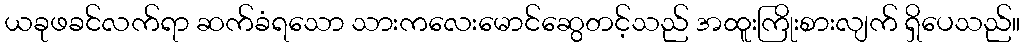
ယခုဖခင်လက်ရာ ဆက်ခံရသော သားကလေးမောင်ဆွေတင့်သည် အထူးကြိုးစားလျက် ရှိပေသည်။